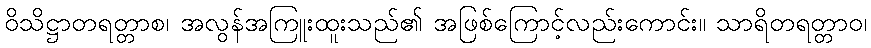
ဝိသိဋ္ဌာတရတ္တာစ၊ အလွန်အကြူးထူးသည်၏ အဖြစ်ကြောင့်လည်းကောင်း။ သာရိတရတ္တာဝ၊